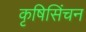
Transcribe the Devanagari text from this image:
कृषिसिंचन